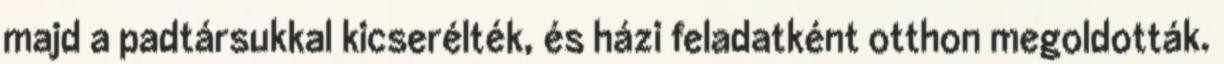
majd a padtársukkal kicserélték, és házi feladatként otthon megoldották.